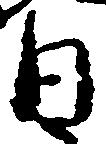
日